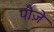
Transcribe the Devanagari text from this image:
पौज़े